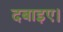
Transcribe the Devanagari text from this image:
दबाइए।